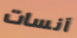
آنسات